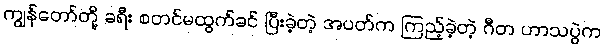
ကျွန်တော်တို့ ခရီး စတင်မထွက်ခင် ပြီးခဲ့တဲ့ အပတ်က ကြည့်ခဲ့တဲ့ ဂီတ ဟာသပွဲက